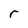
Character: r